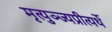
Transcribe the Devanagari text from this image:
मृत्युञ्ज्यप्रीत्यर्थे